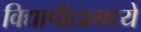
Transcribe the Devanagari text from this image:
विद्यापीठामध्‍ये